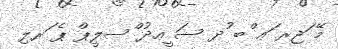
މޭ ަޖރ ަޢ ްބ ުދ ސަ ީޢދު ްސލީޕް ޕެ ަރލި